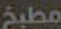
مطبخ